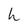
Character: h